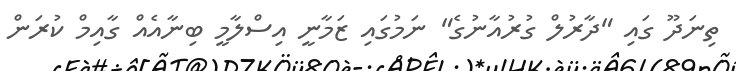
ތިނަދޫ ގައި "ދާރުލް ގުރުއާނުގެ" ނަމުގައި ޒަމާނީ އިސްލާމީ ބިނާއެއް ގާއިމް ކުރަން